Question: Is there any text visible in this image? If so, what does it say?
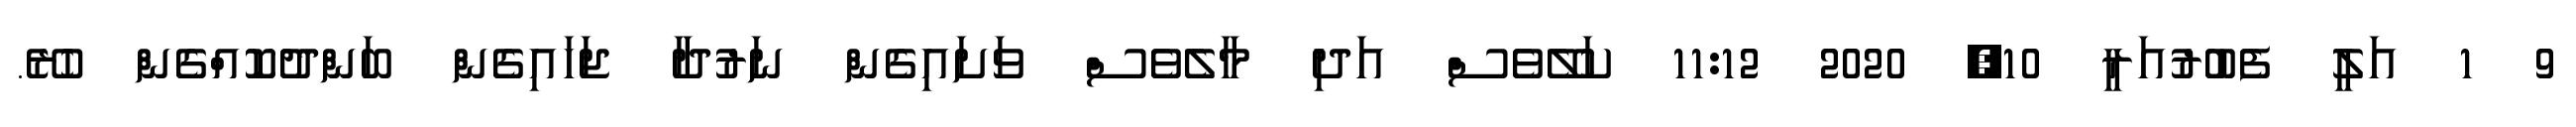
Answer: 9 1 އަލީ ފެބުރުއަރީ 10, 2020 11:12 ކަލޭވެސް އަދި މާލެވެސް ވަށައިގެން ނަރުދާ ޖަހައިގެން ބަންދުކޮއްގެން ހުރޭ.